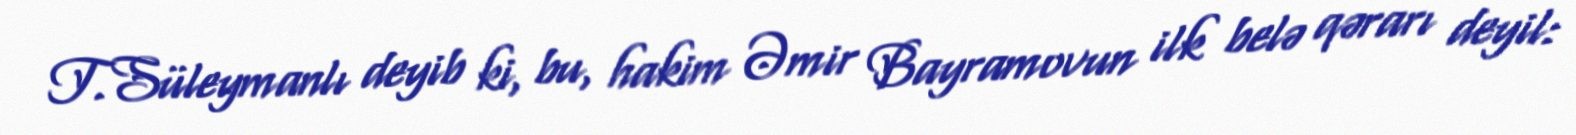
T.Süleymanlı deyib ki, bu, hakim Əmir Bayramovun ilk belə qərarı deyil: